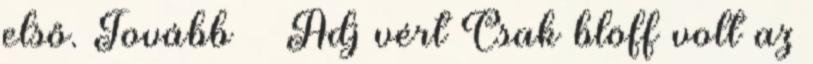
első. Tovább › ›Adj vért Csak blöff volt az